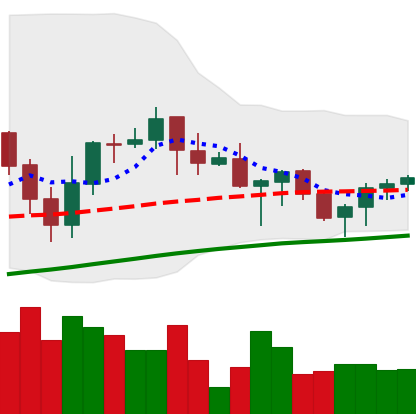
Ticker: ADA-USD
Chart end date: 2021-06-15
Forward return: -10.55%
Label: down_7plus